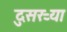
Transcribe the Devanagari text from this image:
दुसरऱ्या